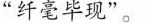
“纤毫毕现”。